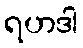
ရဟဒါ